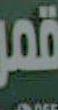
قمر